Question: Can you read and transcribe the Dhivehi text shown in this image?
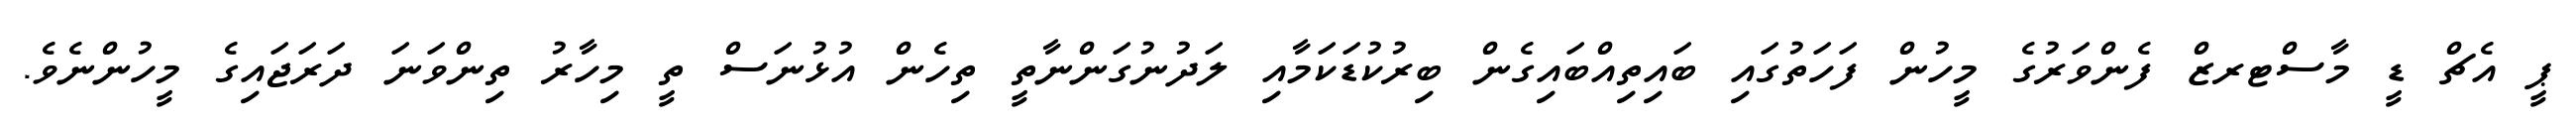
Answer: ޕީ އެޗް ޑީ މާސްޓރޒް ފެންވަރުގެ މީހުން ފަހަތުގައި ބައިތިއްބައިގެން ބިރުކުޑަކަމާއި ލަދުނުގަންނާތީ ތިހެން އުޅުނަސް ތީ މިހާރު ތިންވަނަ ދަރަޖައިގެ މީހުންނެވެ.